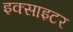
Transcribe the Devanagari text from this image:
इक्साइटर